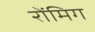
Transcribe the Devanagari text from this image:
रोंमिग